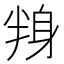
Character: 𮷕